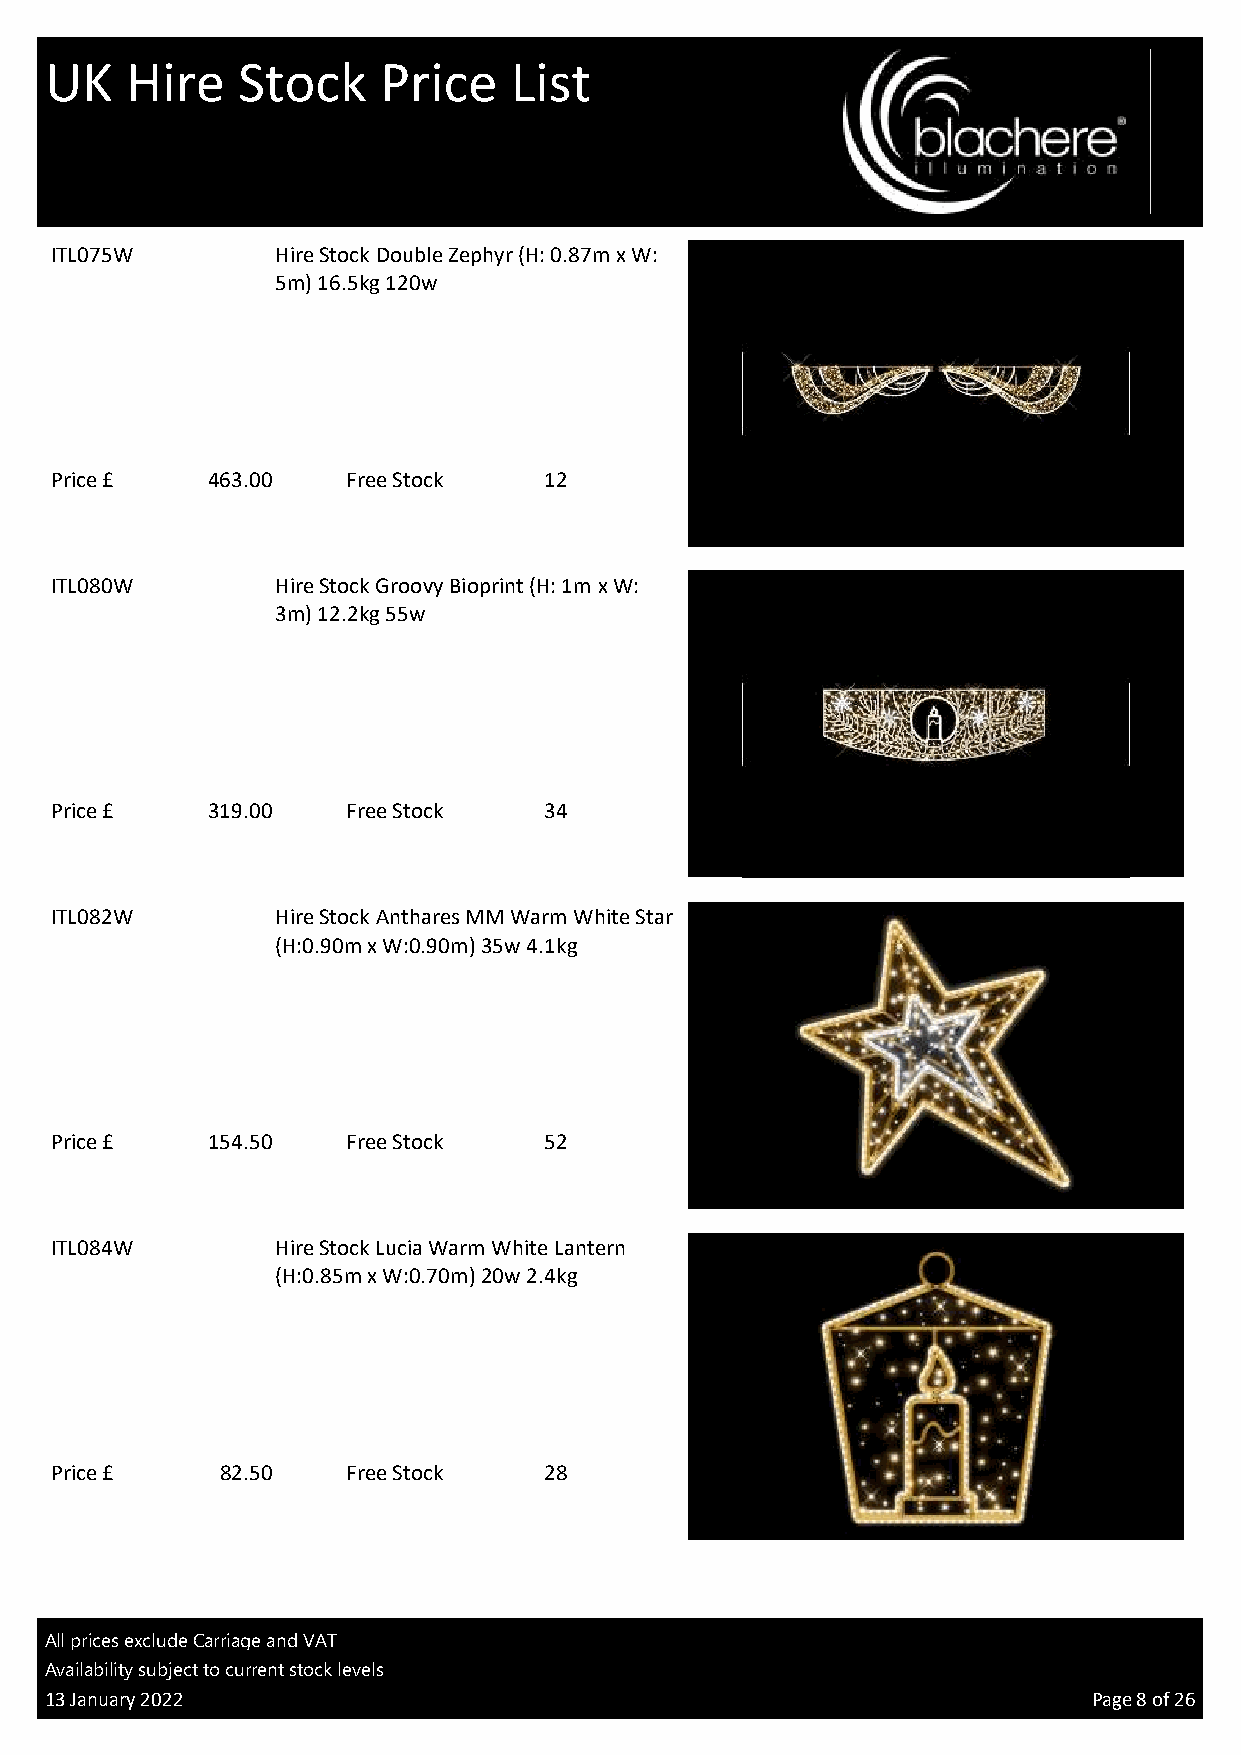
UK   Hire    Stock    Price    List
 ITL075W        Hire Stock Double Zephyr (H: 0.87m x W:
 5m) 16.5kg 120w
 Price £    463.00   Free Stock   12
 TV
 ITL080W        Hire Stock Groovy Bioprint (H: 1m x W:
 3m) 12.2kg 55w
 Price £    319.00   Free Stock   34
 TV
 ITL082W        Hire Stock Anthares MM Warm White Star
 (H:0.90m x W:0.90m) 35w 4.1kg
 Price £    154.50   Free Stock   52
 TV
 ITL084W        Hire Stock Lucia Warm White Lantern
 (H:0.85m x W:0.70m) 20w 2.4kg
 Price £     82.50   Free Stock   28
 TV
 All prices exclude Carriage and VAT
 Availability subject to current stock levels
 13 January 2022                                                      Page 8 of 26